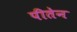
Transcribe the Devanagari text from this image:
पीतेन